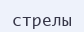
стрелы